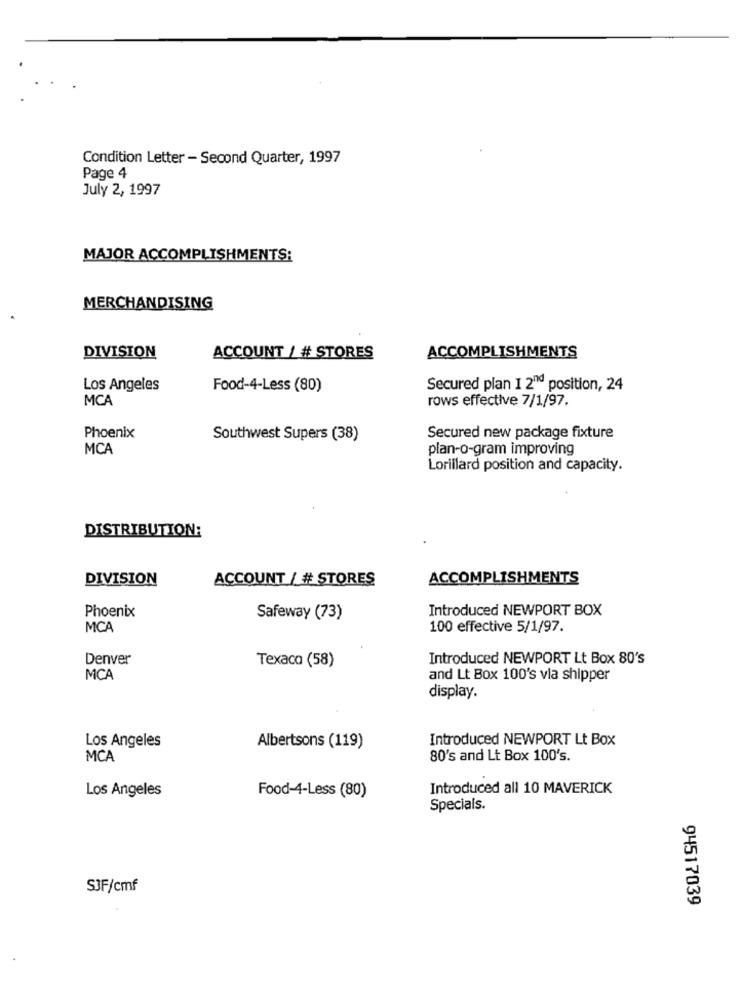
Condition Letter - Second Quarter, 1997
Page 4
July 2, 1997
MAJOR ACCOMPLISHMENTS:
MERCHANDISING
DIVISION
ACCOUNT / # STORES
ACCOMPLISHMENTS
Los Angeles
Food-4-Less (80)
Secured plan 1 2"d position, 24
MCA
rows effective 7/1/97.
Phoenix
Southwest Supers (38)
Secured new package fixture
MCA
plan-o-gram improving
Lorillard position and capacity.
DISTRIBUTION:
DIVISION
ACCOUNT / # STORES
ACCOMPLISHMENTS
Phoenix
Introduced NEWPORT BOX
Safeway (73)
MCA
100 effective 5/1/97.
Denver
Introduced NEWPORT Lt Box 80's
Texaco (58)
MCA
and Lt Box 100's vla shipper
display.
Introduced NEWPORT Lt Box
Los Angeles
Albertsons (119)
MCA
80's and Lt Box 100's.
Los Angeles
Introduced all 10 MAVERICK
Food-4-Less (80)
Specials.
SJF/cmf
94517039